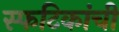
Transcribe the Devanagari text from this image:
स्फटिकांची